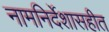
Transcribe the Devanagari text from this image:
नामनिर्देशासहीत